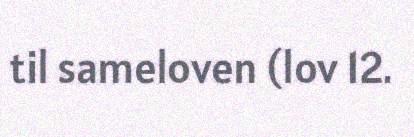
til sameloven (lov 12.